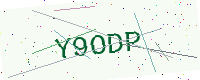
Text: Y9ODP